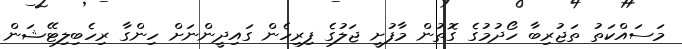
މަސައްކަތު ތަޖުރިބާ ހޯދުމުގެ ގޮތުން މާފުށީ ޖަލުގެ ފިރިހެން ގައިދީންނަށް ހިންގާ ރިހެބިލިޓޭޝަން